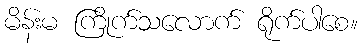
မိန်းမ ကြိုက်သလောက် ရိုက်ပါစေ။